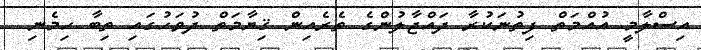
އިސްލާމީ އުއްމަތް ފިތުނަކުރާ ދައްޖާލުންގެ ތެރެއިން ޤިޔާމަތް ދުވަހުގައި ތިބާ ހިމެނި